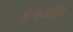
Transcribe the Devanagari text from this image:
इंचनइंच